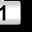
Digit: 1